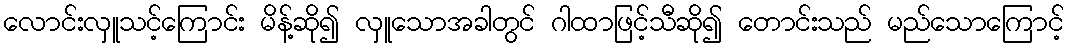
လောင်းလှူသင့်ကြောင်း မိန့်ဆို၍ လှူသောအခါတွင် ဂါထာဖြင့်သီဆို၍ တောင်းသည် မည်သောကြောင့်